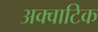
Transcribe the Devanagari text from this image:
अक्वाटिक